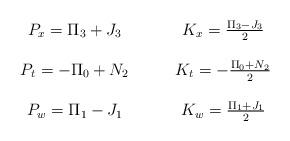
LaTeX: \begin{align*}\begin{array}{cc}P_x = \Pi_3+J_3 \qquad & K_x = \frac{\Pi_3-J_3}{2} \\\null & \null \\P_t = -\Pi_0+N_2 \qquad& K_t = -\frac{\Pi_0+N_2 }{2} \\\null & \null \\ P_w= \Pi_1-J_1 \qquad & K_w = \frac{ \Pi_1+J_1}{2}\\\end{array}\end{align*}